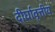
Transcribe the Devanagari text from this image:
दीर्घावृत्तीय